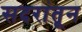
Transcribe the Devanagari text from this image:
सदरांतून